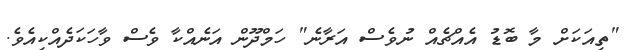
"ތިއަކަށް މާ ބޮޑު އެއްޗެއް ނުވެސް އަރާނެ" ހަމްދޫން އަނެއްކާ ވެސް ވާހަކަދެއްކިއެވެ.